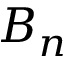
B { _ n }